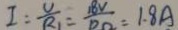
I = \frac { U } { R _ { 1 } } = \frac { 1 8 V } { D \Omega } = 1 . 8 A